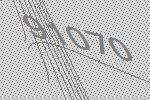
91070